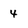
Character: 4